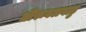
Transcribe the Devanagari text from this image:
तीरूवलबाडु